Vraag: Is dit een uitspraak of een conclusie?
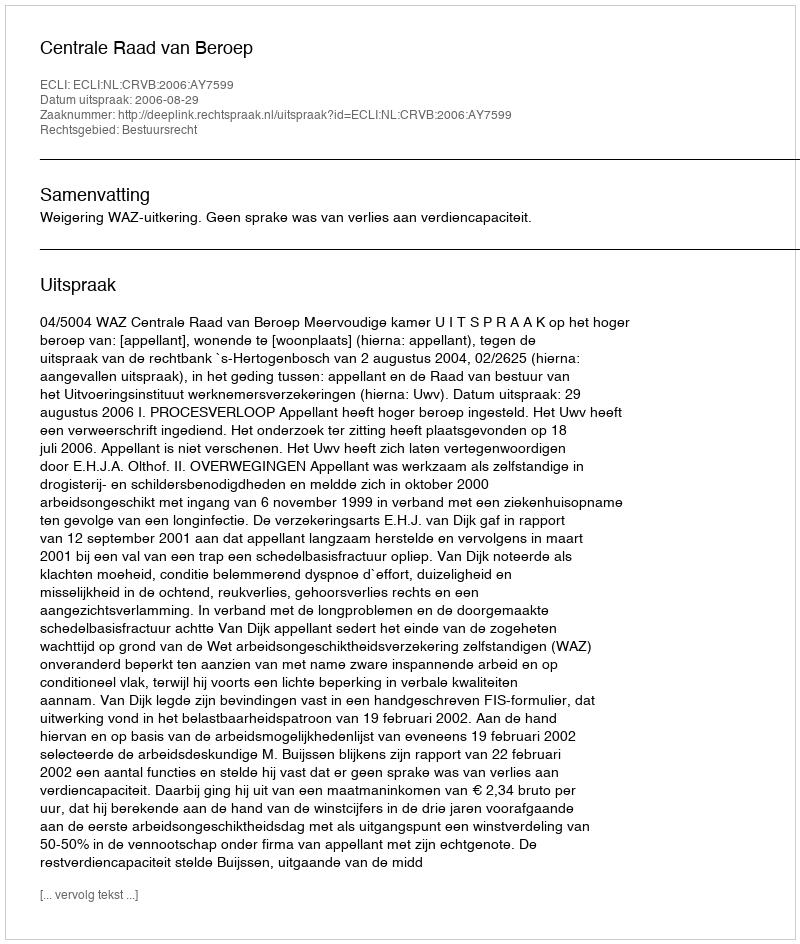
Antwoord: Uitspraak